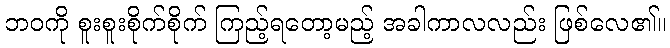
ဘဝကို စူးစူးစိုက်စိုက် ကြည့်ရတော့မည့် အခါကာလလည်း ဖြစ်လေ၏။